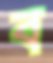
ব